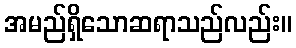
အမည်ရှိသောဆရာသည်လည်း။